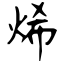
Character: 烯